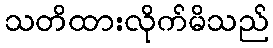
သတိထားလိုက်မိသည်